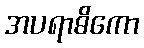
အပရာဓိကော